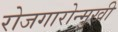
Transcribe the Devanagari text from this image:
रोजगारोन्मुखी